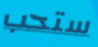
ستحب